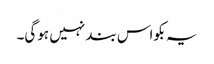
یہ بکواس بند نہیں ہوگی۔